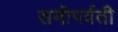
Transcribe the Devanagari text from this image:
समीपर्वती